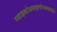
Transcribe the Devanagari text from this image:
ग्लाइकोअमाइनोग्लाइकॉन